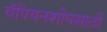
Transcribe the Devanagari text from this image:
चँपियनशीपसाठी